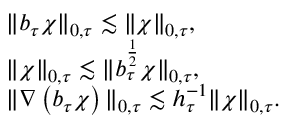
\begin{array} { r l } & { \| b _ { \tau } \chi \| _ { 0 , \tau } \lesssim \| \chi \| _ { 0 , \tau } , } \\ & { \| \chi \| _ { 0 , \tau } \lesssim \| b _ { \tau } ^ { \frac { 1 } { 2 } } \chi \| _ { 0 , \tau } , } \\ & { \| \nabla \left( b _ { \tau } \chi \right) \| _ { 0 , \tau } \lesssim h _ { \tau } ^ { - 1 } \| \chi \| _ { 0 , \tau } . } \end{array}